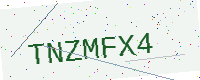
Text: TNZMFX4